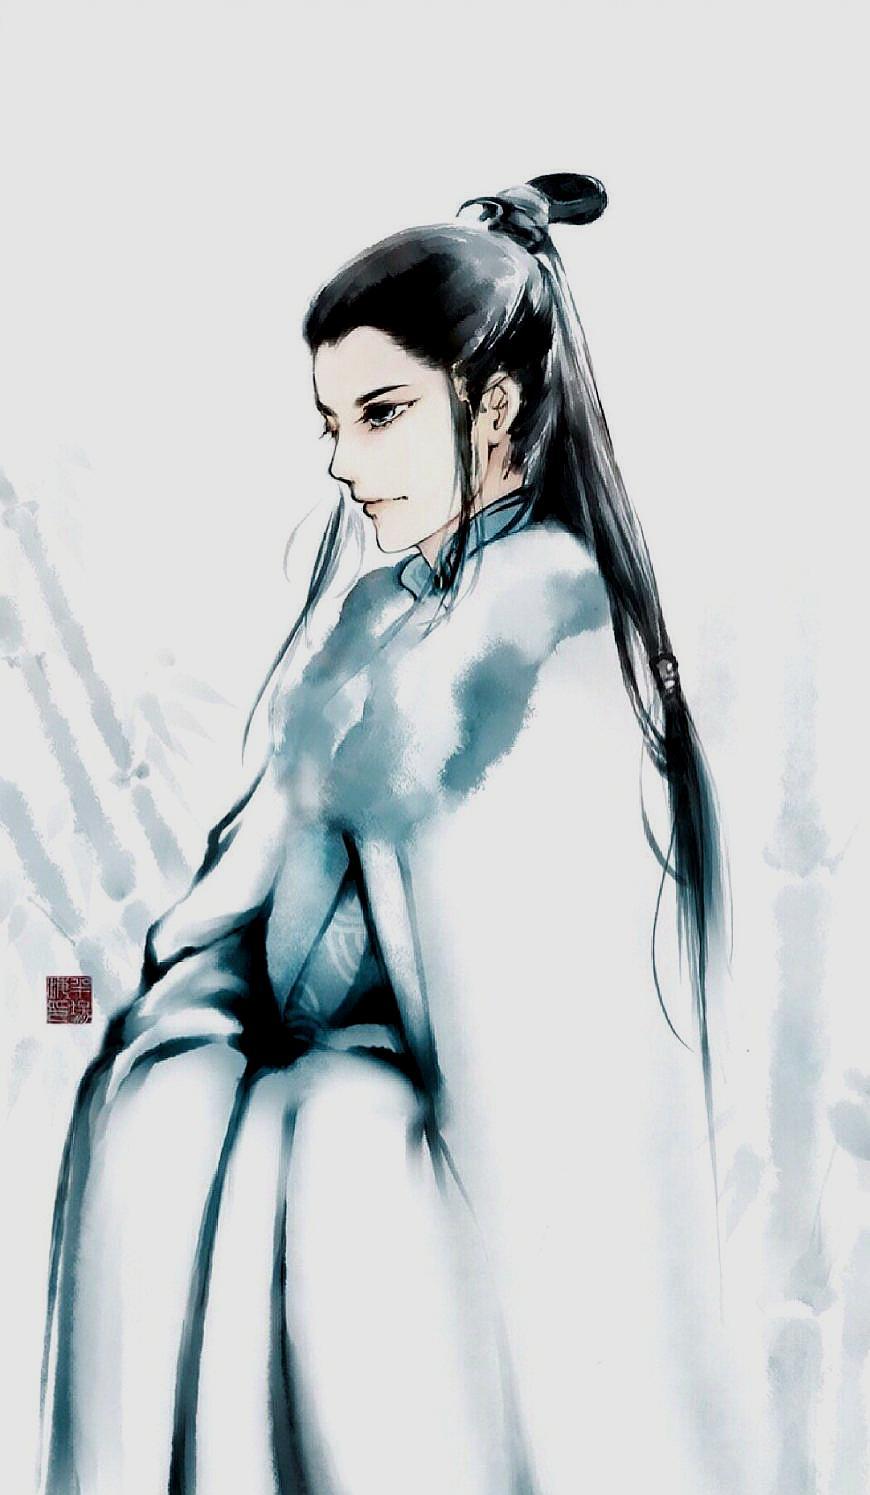
思家步月清宵立，忆弟看云白日眠。